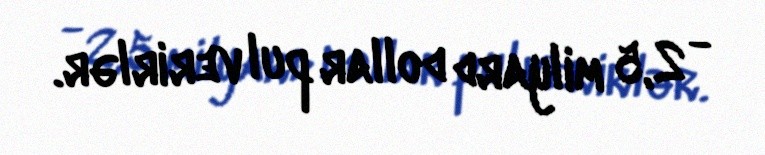
- 2,5 milyard dollar pul verirlər.